Annual report of the Punjab Veterinary College and of the Civil Veterinary Department, Punjab - 1894-1908
Year: 1894
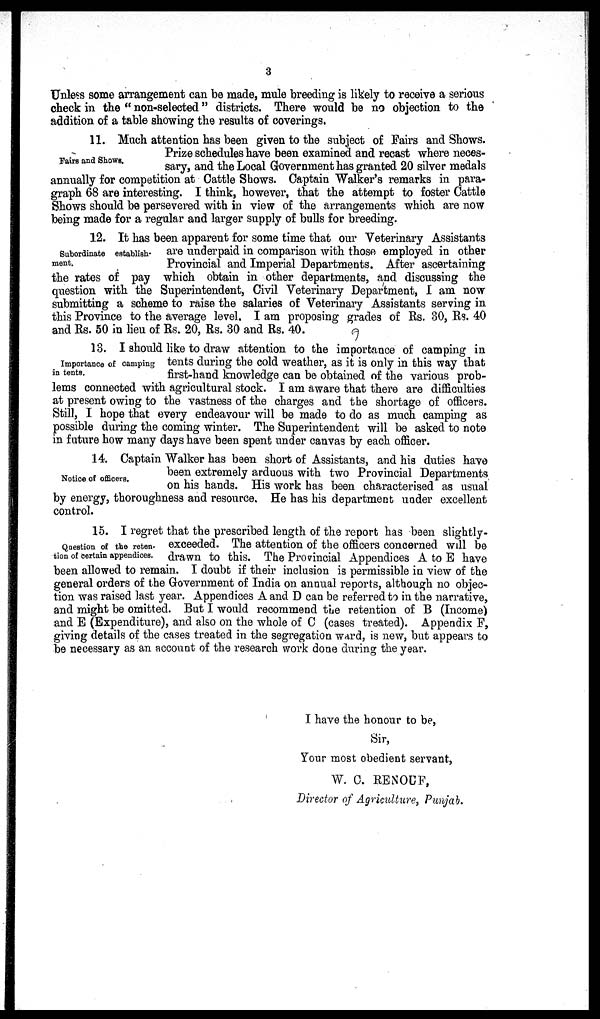
3
Unless some arrangement can be made, mule breeding is likely to receive a serious
check in the " non-selected" districts. There would be no objection to the
addition of a table showing the results of coverings.
Fairs and Shows.
11. Much attention has been given to the subject of Fairs and Shows.
Prize schedules have been examined and recast where neces-
sary, and the Local Government has granted 20 silver medals
annually for competition at Cattle Shows. Captain Walker's remarks in para-
graph 68 are interesting. I think, however, that the attempt to foster Cattle
Shows should be persevered with in view of the arrangements which are now
being made for a regular and larger supply of bulls for breeding.
Subordinate establish-
ment.
12. It has been apparent for some time that our Veterinary Assistants
are underpaid in comparison with those employed in other
Provincial and Imperial Departments. After ascertaining
the rates of pay which obtain in other departments, and discussing the
question with the Superintendent, Civil Veterinary Department, I am now
submitting a scheme to raise the salaries of Veterinary Assistants serving in
this Province to the average level. I am proposing grades of Rs. 30, Rs. 40
and Rs. 50 in lieu of Rs. 20, Rs. 30 and Rs. 40.
Importance of camping
in tents.
13. I should like to draw attention to the importance of camping in
tents during the cold weather, as it is only in this way that
first-hand knowledge can be obtained of the various prob-
lems connected with agricultural stock. I am aware that there are difficulties
at present owing to the vastness of the charges and the shortage of officers.
Still, I hope that every endeavour will be made to do as much camping as
possible during the coming winter. The Superintendent will be asked to note
in future how many days have been spent under canvas by each officer.
Notice of officers.
14. Captain Walker has been short of Assistants, and his duties have
been extremely arduous with two Provincial Departments
on his hands. His work has been characterised as usual
by energy, thoroughness and resource. He has his department under excellent
control.
Question of the reten-
tion of certain appendices.
15. I regret that the prescribed length of the report has been slightly-
exceeded. The attention of the officers concerned will be
drawn to this. The Provincial Appendices A to E have
been allowed to remain. I doubt if their inclusion is permissible in view of the
general orders of the Government of India on annual reports, although no objec-
tion was raised last year. Appendices A and D can be referred to in the narrative,
and might be omitted. But I would recommend the retention of B (Income)
and E (Expenditure), and also on the whole of C (cases treated). Appendix F,
giving details of the cases treated in the segregation ward, is new, but appears to
be necessary as an account of the research work done during the year.
I have the honour to be,
Sir,
Your most obedient servant,
W. C. RENOUF,
Director of Agriculture, Punjab.